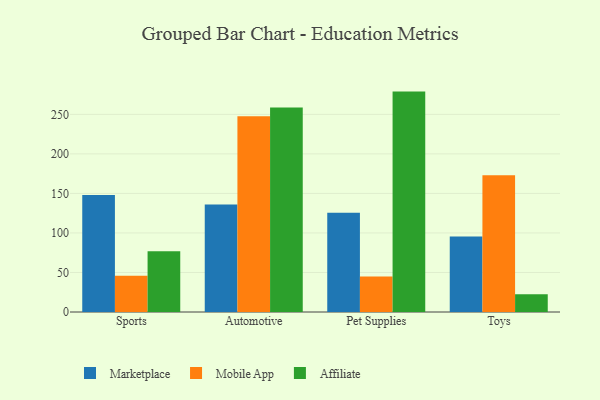
{"axis": {"x": "Category", "y": "Population (Million)"}, "legend": ["Affiliate", "Marketplace", "Mobile App"], "data": [{"x": "Sports", "y": 148.1, "type": "Marketplace"}, {"x": "Sports", "y": 45.8, "type": "Mobile App"}, {"x": "Sports", "y": 76.9, "type": "Affiliate"}, {"x": "Automotive", "y": 136.0, "type": "Marketplace"}, {"x": "Automotive", "y": 247.6, "type": "Mobile App"}, {"x": "Automotive", "y": 258.7, "type": "Affiliate"}, {"x": "Pet Supplies", "y": 125.4, "type": "Marketplace"}, {"x": "Pet Supplies", "y": 45.0, "type": "Mobile App"}, {"x": "Pet Supplies", "y": 278.8, "type": "Affiliate"}, {"x": "Toys", "y": 95.4, "type": "Marketplace"}, {"x": "Toys", "y": 173.1, "type": "Mobile App"}, {"x": "Toys", "y": 22.5, "type": "Affiliate"}]}